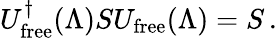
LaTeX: U_{\mathrm{free}}^{\dagger}(\Lambda)SU_{\mathrm{free}}(\Lambda)=S\, .